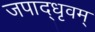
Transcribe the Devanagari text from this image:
जपाद्‌धृवम्